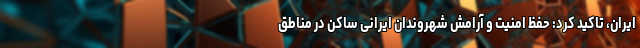
ایران، تاکید کرد: حفظ امنیت و آرامش شهروندان ایرانی ساکن در مناطق